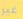
غير